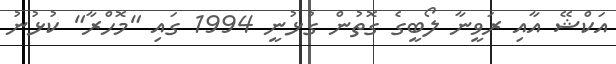
އަކްޝޭ އާއި ރަވީނާ ލޯބީގެ ގޮތުން ގުޅުނީ 1994 ގައި "މޮހްރާ" ކުޅުނު